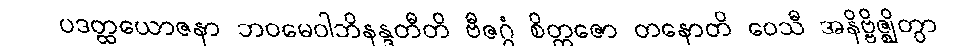
ပဒတ္ထယောဇနာ ဘဝမေဝါဘိနန္ဒတီတိ ဗီဇဂ္ဂံ စိတ္တဇော တနောတိ ဝေသီ အနိဗ္ဗိဇ္ဈိတွာ